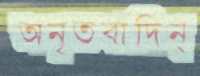
অনৃতবাদিন্